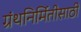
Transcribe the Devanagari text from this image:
ग्रंथनिर्मितीसाठी